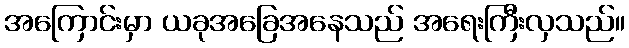
အကြောင်းမှာ ယခုအခြေအနေသည် အရေးကြီးလှသည်။